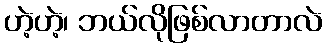
ဟဲ့ဟဲ့၊ ဘယ်လိုဖြစ်လာတာလဲ